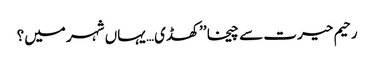
رحیم حیرت سے چیخا ’’کھڈی… یہاں شہر میں؟